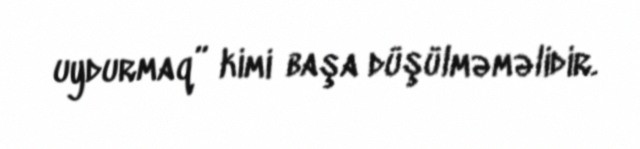
uydurmaq” kimi başa düşülməməlidir.